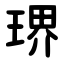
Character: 琾